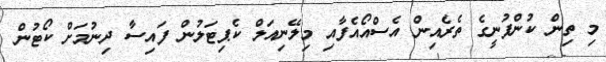
މި ތިން ކުންފުނީގެ ތެރެއިން އެސްއޯއެފާއި މިލޭނިއަލް ކެޕިޓަލުން ފައިސާ ދިނުމަށް ކޯޓުން